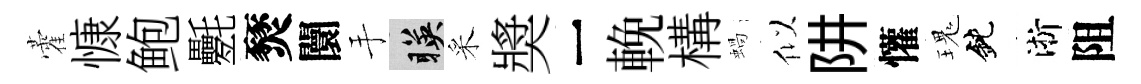
藿慷鲍氎燹闤手暎采奬一輓構蝸似阱懽瑰鈍淅阻